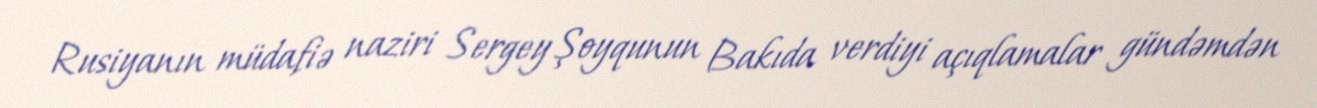
Rusiyanın müdafiə naziri Sergey Şoyqunun Bakıda verdiyi açıqlamalar gündəmdən